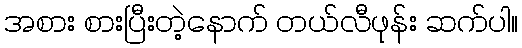
အစား စားပြီးတဲ့နောက် တယ်လီဖုန်း ဆက်ပါ။